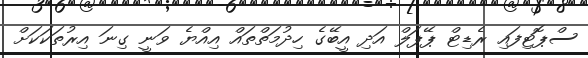
ސްޕޮޓިފައި ރެޑިޓް ޕޭޕަލް އަދި އީބޭގެ ހިދުމަތްތައް އިއްޔެ ވަނީ ގިނަ އިރުތަކަކަށް